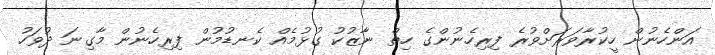
އަންހެނުން ހީކުރާވަރަށްވުރެ ފިރިހެނުންގެ ހިތް ނާޒުކު ގުޅުމެއް ކެނޑުމުން ފިރިހެނުން މާގިނަ ދުވަހު